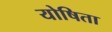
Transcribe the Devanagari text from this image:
योषिता